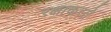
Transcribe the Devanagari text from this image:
रक्षाकरते